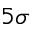
5 \sigma